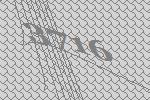
3716